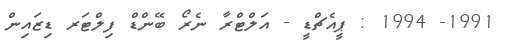
1991- 1994 : ޕީއެޗްޑީ - އަލްޓްރާ ނެރޯ ބޭންޑް ފިލްޓަރ ޑިޒައިން